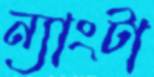
ন্যাংটা